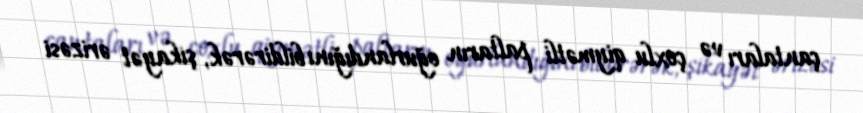
çantaları və çoxlu qiymətli paltarın oğurlandığını bildirərək, şikayət ərizəsi